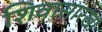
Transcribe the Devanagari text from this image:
शिवासारखा